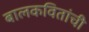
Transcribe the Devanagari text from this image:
बालकवितांची